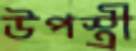
উপস্ত্রী